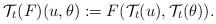
LaTeX: \begin{align*}\mathcal{T}_t(F)(u,\theta):=F(\mathcal{T}_t(u),\mathcal{T}_t(\theta)).\end{align*}